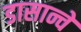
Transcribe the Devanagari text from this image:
डासान्चे